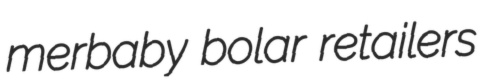
merbaby bolar retailers